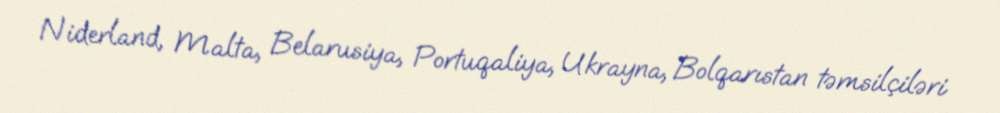
Niderland, Malta, Belarusiya, Portuqaliya, Ukrayna, Bolqarıstan təmsilçiləri